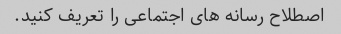
اصطلاح رسانه های اجتماعی را تعریف کنید.